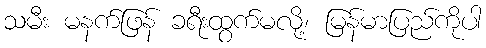
သမီး မနက်ဖြန် ခရီးထွက်မလို့၊ မြန်မာပြည်ကိုပါ